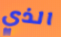
الذي